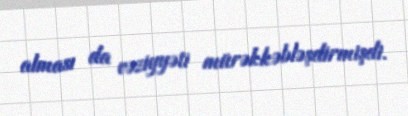
alması da vəziyyəti mürəkkəbləşdirmişdi.